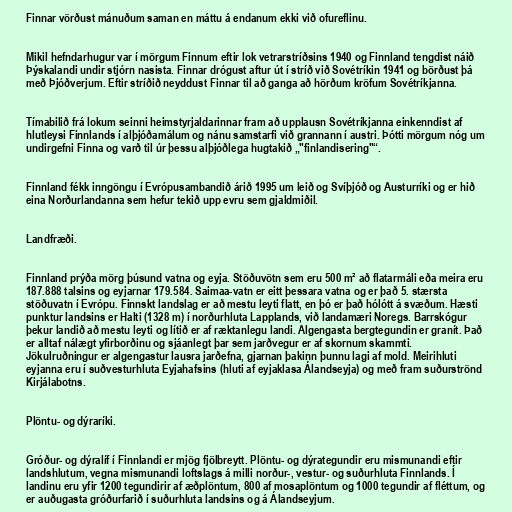
Finnar vörðust mánuðum saman en máttu á endanum ekki við ofureflinu.

Mikil hefndarhugur var í mörgum Finnum eftir lok vetrarstríðsins 1940 og Finnland tengdist náið
Þýskalandi undir stjórn nasista. Finnar drógust aftur út í stríð við Sovétríkin 1941 og börðust þá
með Þjóðverjum. Eftir stríðið neyddust Finnar til að ganga að hörðum kröfum Sovétríkjanna.

Tímabilið frá lokum seinni heimstyrjaldarinnar fram að upplausn Sovétríkjanna einkenndist af
hlutleysi Finnlands í alþjóðamálum og nánu samstarfi við grannann í austri. Þótti mörgum nóg um
undirgefni Finna og varð til úr þessu alþjóðlega hugtakið „"finlandisering"“.

Finnland fékk inngöngu í Evrópusambandið árið 1995 um leið og Svíþjóð og Austurríki og er hið
eina Norðurlandanna sem hefur tekið upp evru sem gjaldmiðil.

Landfræði.

Finnland prýða mörg þúsund vatna og eyja. Stöðuvötn sem eru 500 m² að flatarmáli eða meira eru
187.888 talsins og eyjarnar 179.584. Saimaa-vatn er eitt þessara vatna og er það 5. stærsta
stöðuvatn í Evrópu. Finnskt landslag er að mestu leyti flatt, en þó er það hólótt á svæðum. Hæsti
punktur landsins er Halti (1328 m) í norðurhluta Lapplands, við landamæri Noregs. Barrskógur
þekur landið að mestu leyti og lítið er af ræktanlegu landi. Algengasta bergtegundin er granít. Það
er alltaf nálægt yfirborðinu og sjáanlegt þar sem jarðvegur er af skornum skammti.
Jökulruðningur er algengastur lausra jarðefna, gjarnan þakinn þunnu lagi af mold. Meirihluti
eyjanna eru í suðvesturhluta Eyjahafsins (hluti af eyjaklasa Álandseyja) og með fram suðurströnd
Kirjálabotns.

Plöntu- og dýraríki.

Gróður- og dýralíf í Finnlandi er mjög fjölbreytt. Plöntu- og dýrategundir eru mismunandi eftir
landshlutum, vegna mismunandi loftslags á milli norður-, vestur- og suðurhluta Finnlands. Í
landinu eru yfir 1200 tegundirir af æðplöntum, 800 af mosaplöntum og 1000 tegundir af fléttum, og
er auðugasta gróðurfarið í suðurhluta landsins og á Álandseyjum.